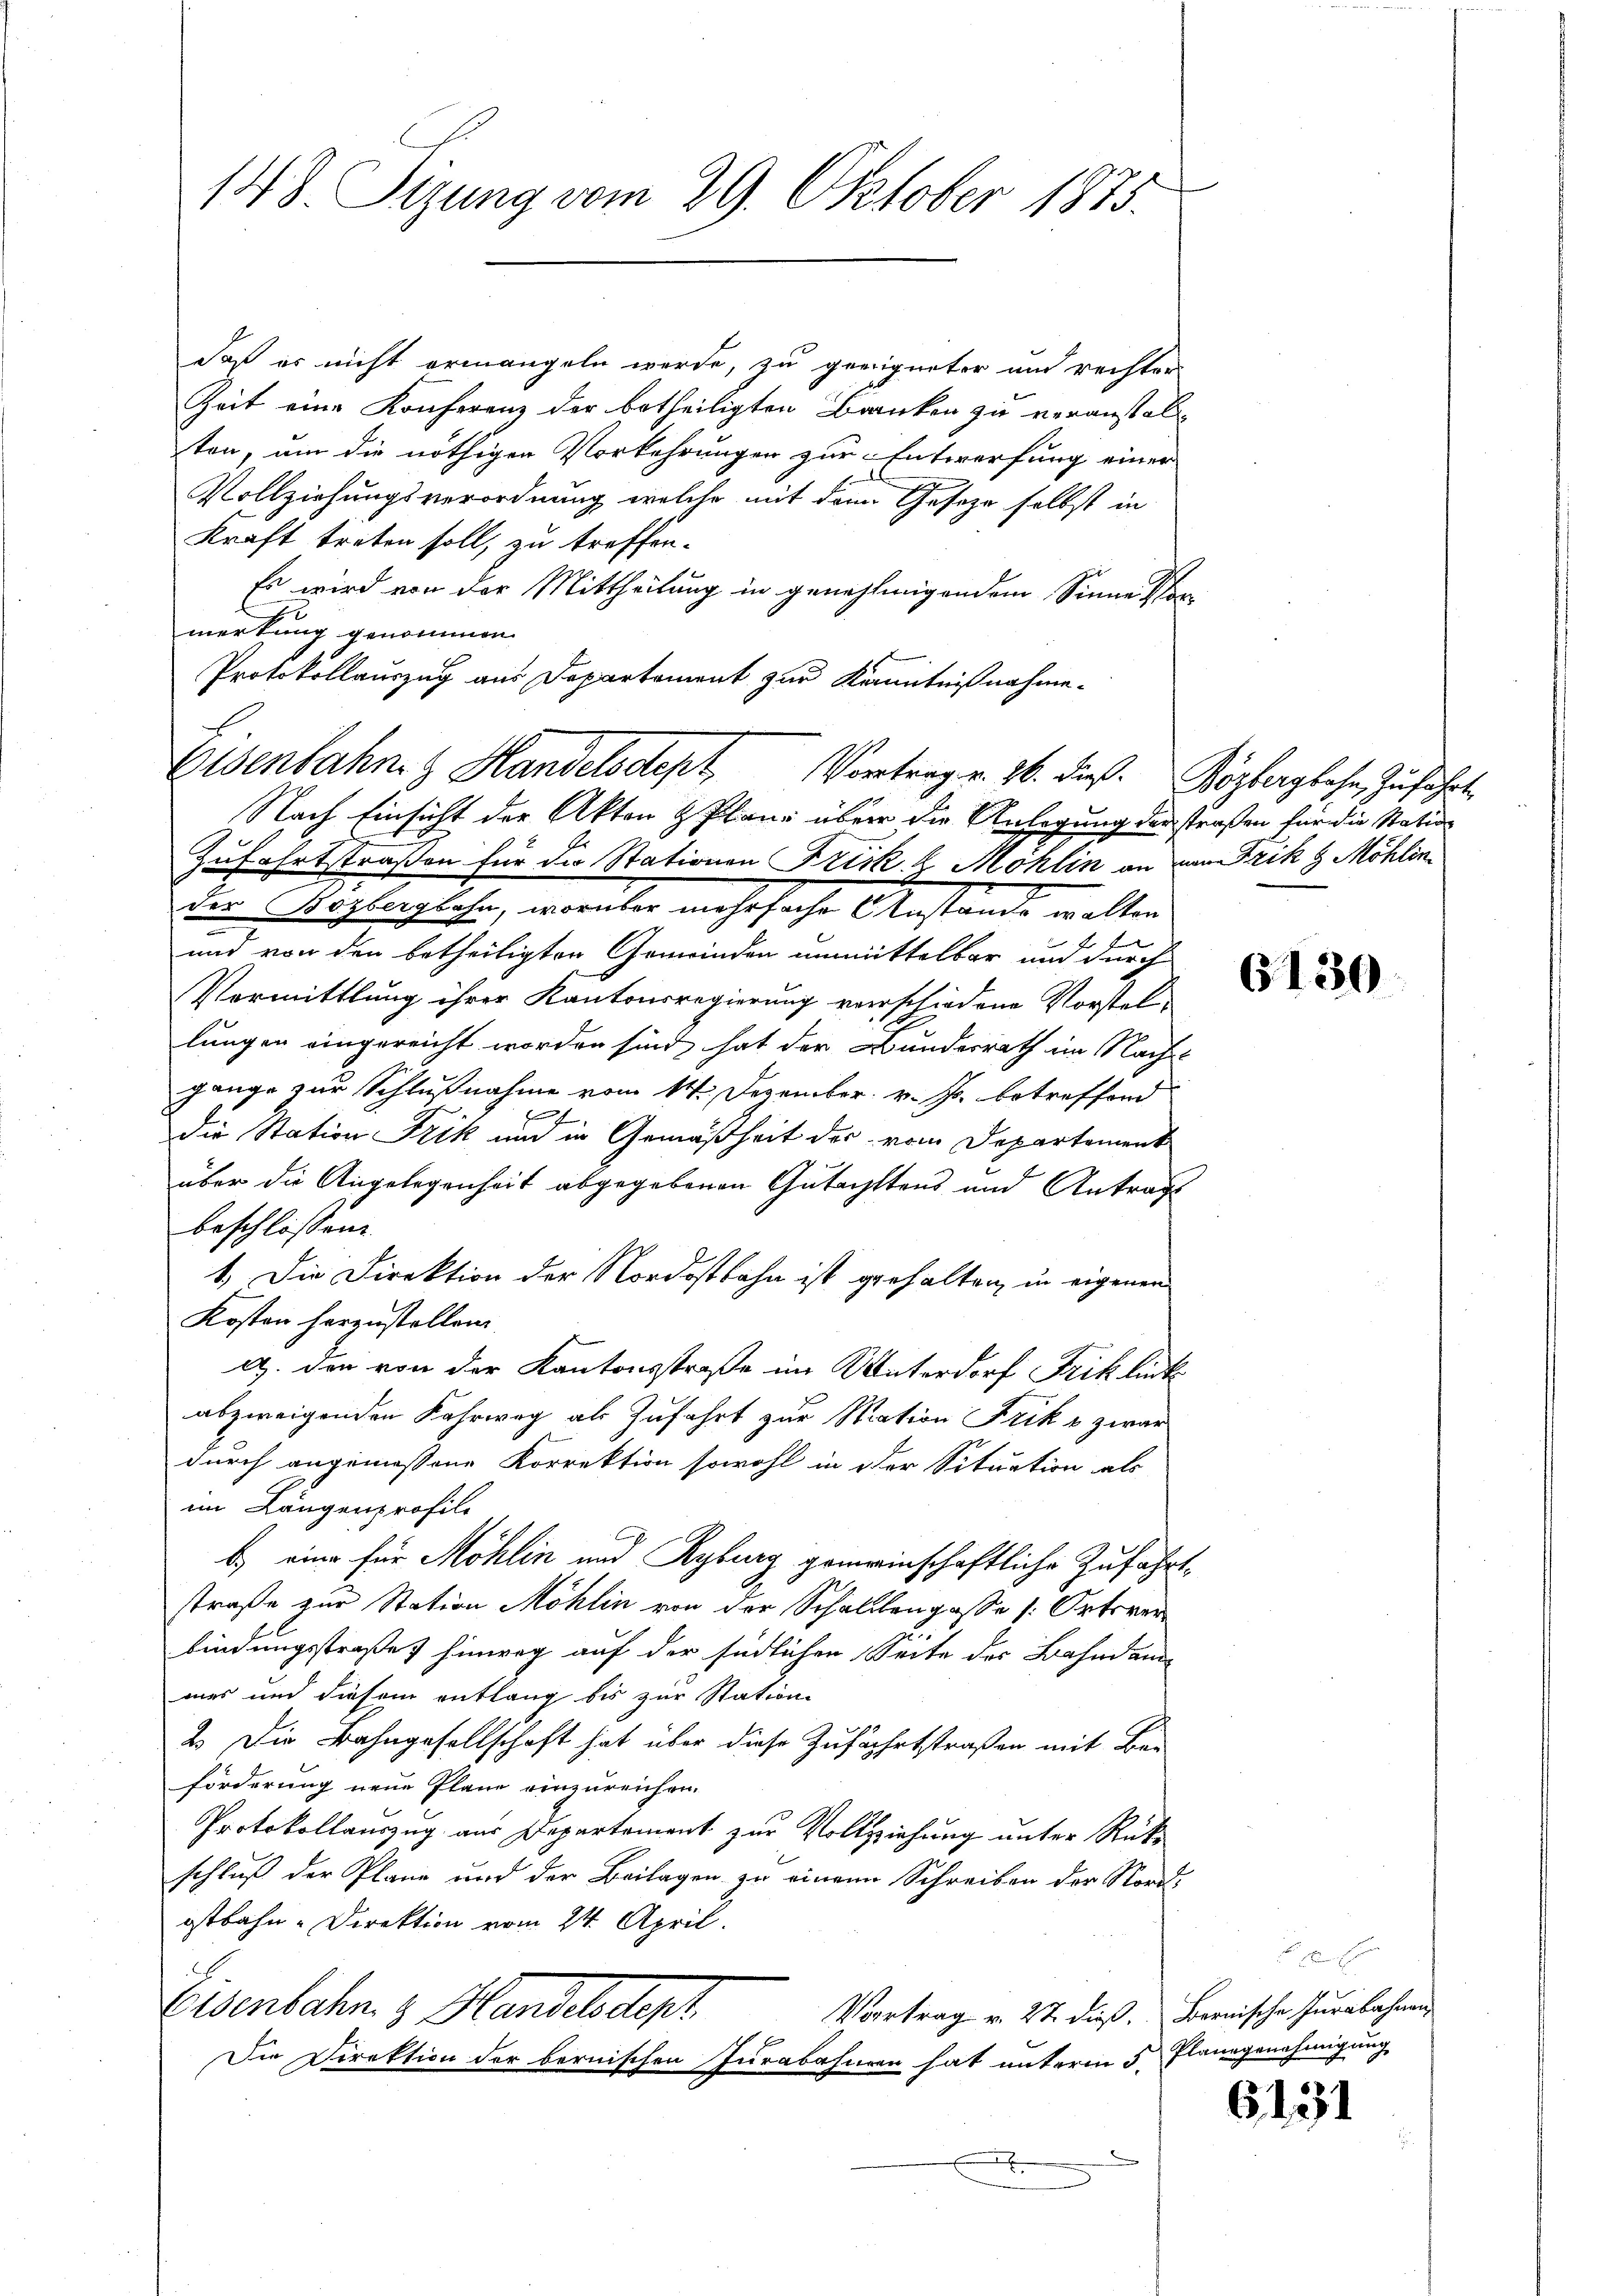
148. Sizung vom 29. Oktober 1875.

daß er nicht ermangeln werde, zu geeigneter und rechter
Zeit eine Konferenz der betheiligten Branken zu veranstalten, um die nöthigen Vorkehrungen zur Entwerfung einer
Vollziehungsverordnung welche mit dem Geseze selbst in
Kraft treten soll, zu treffen.
Es wird von der Mittheilung in genehmigendem Sinne vormerkung genommen.
Protokollauszug aus Departement zur Kenntnißnahme¬
Nach Einsicht der Akten & Pläne über die Anlegung der straßen für die Station
Zufahrtstraßen für die Stationen Frick d. Mohlin an von Frik H Möhlin
der Bozbergbahn, worüber mehrfache Anstande walten
x
und von den betheiligten Gemeinden unmittelbar und durch
Vermittlung ihrer Kantonsregierung verschiedene Vorstellungen eingereicht worden sind hat der Bundesrath im Nach
gange zur Schlußnahme vom 14. Dezember. v. Js. betreffend
p
die Station Frik um in Gemäßheit der vom Departement
über die Angelegenheit abgegebenen Gutachtens und Antrags
beschlossen
1.) Die Direktion der Nordostbahn ist geehalten, in eigenen
Kosten herzustellen.
A. den von der Kantonsstraße im Unterdorf Friklink
abzweigenden Fahrweg als Zufahrt zur Nation Frik u zwar
durch angemessene Korrektion sowohl in der Situation als
im Längenprofili
C
b.) eine für Möhlin und Ryburg gemeinschaftliche Zufahrtstraße zur Station Möhlin von der Schallengasse Ortsverbindungsstraße hinweg auf der südlichen Seite des Bahndammes und diesem entlang bis zur Station
2. Die Bahngesellschaft hat über diese Zufahrtstraßen mit Ber
förderung neue Pläne einzureichen.
Protokollauszug aus Departement zur Vollziehung unter Rückschluß der Plane und der Beilagen zu einem Schreiben der Nord-
ostbahn-Direktion vom 24. April.
Eisenbahn. z. Handelsdept
Vortrag v. 22. dieß. Bernische Jurabahnen
Iie Direktion der bernischen Jurabahnen hat unterm 5.

Eisenbahnen Handelsdept, Vortrag v. 26. dieß. Köpfergbahn, zuführt.

6130

Planegenehmigung

6131